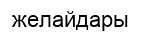
желайдары